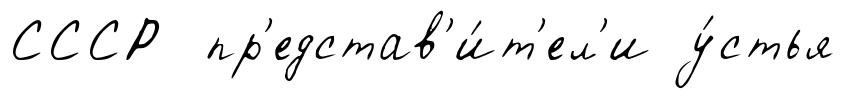
СССР пр'едстав'и́т'ел'и у́стья